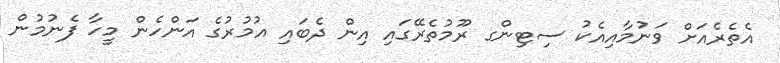
އެތެރެއަށް ވަނުމާއިއެކު ސިޓިންގ ރޫމުތެރޭގައި އިން ދެބައި އުމުރުގެ އަންހެން މީހާ ފެނުމުން